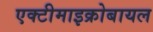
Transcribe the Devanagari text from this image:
एक्टीमाइक्रोबायल